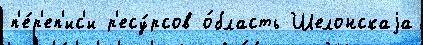
п'е́р'еп'ис'и р'есу́рсов о́бласть Шелонскаjа